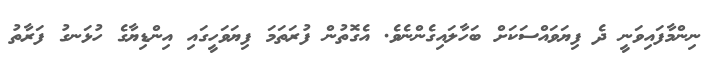
ނިންމާފައިވަނީ ދެ ފިޔަވައްސަކަށް ބަހާލައިގެންނެވެ. އެގޮތުން ފުރަތަމަ ފިޔަވަހީގައި އިންޑިޔާގެ ހުޅަނގު ފަރާތު